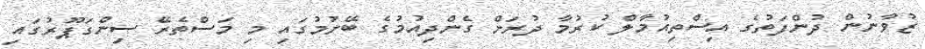
ޒުވާނުން ދުންފަތުގެ އިސްތިއުމާލް ކުރުމާ ދުރަށް ގެންދިއުމުގެ ބޭނުމުގައި މި މަސްތެރޭ ސިންގަޕޫރުގައި